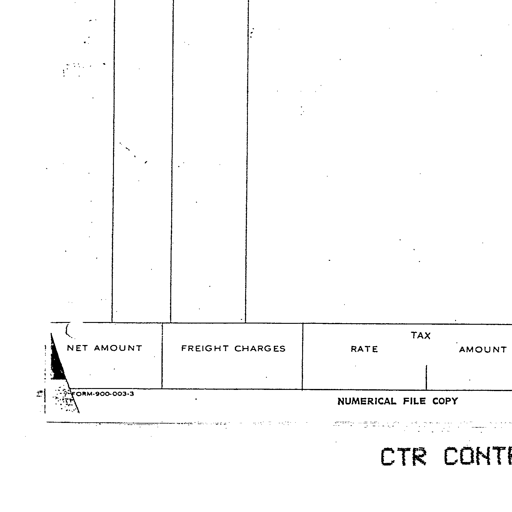
NET AMOUNT FREIGHT CHARGES TAX
RATE AMOUNT
FORM-900-003-3
NUMERICAL FILE COPY
CTR CONT